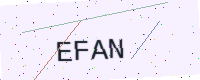
Text: EFAN